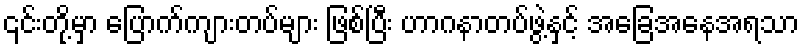
၎င်းတို့မှာ ပြောက်ကျားတပ်များ ဖြစ်ပြီး ဟာဂနာတပ်ဖွဲ့နှင့် အခြေအနေအရသာ